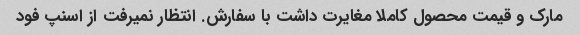
مارک و قیمت محصول کاملا مغایرت داشت با سفارش. انتظار نمیرفت از اسنپ فود